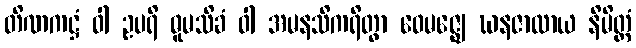
တိဏကဋ္ဌံ ဝါ ဥပရိ ဓူမသိခံ ဝါ အမနသိကရိတွာ ဝေမဇ္ဈေ ဃနဇာလာယ နိမိတ္တံ